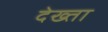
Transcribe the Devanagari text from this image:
देख्ता